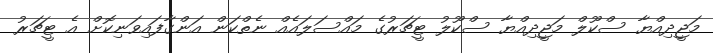
މަޖީދިއްޔާ ސްކޫލް މަޖީދިއްޔާ ސްކޫލު ޓީޗަރުގެ މައްސަލައެއް ނެތްކަން އަންގާފައިވަނިކޮށް އެ ޓީޗަރު